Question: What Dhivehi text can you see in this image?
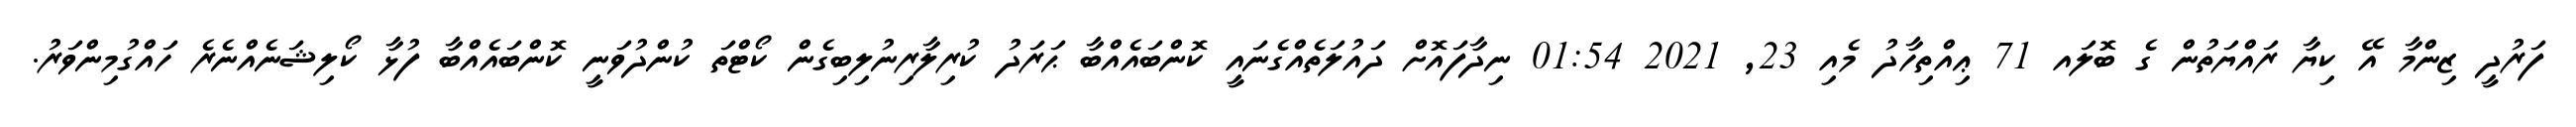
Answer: ފަރުދީ ޒިންމާ އޭ ކިޔާ ރައްޔަތުން ގެ ބޮލައ 71 ޢިއްތިހާދު މެއި 23, 2021 01:54 ނިދާފައޮށް ދައުލަތެއްގެނައީ ކޮންބައެއްބާ ޙަރަދު ކުރިލާރިނުލިބިގެން ކޯޓްތަ ކުންދުވަނީ ކޮންބައެއްބާ ފުޅާ ކޯލިޝަނެއްނެރެ ހައްގުމިންވަރު.